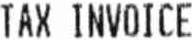
TAX INVOICE